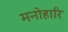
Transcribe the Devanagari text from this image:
मनोहारि